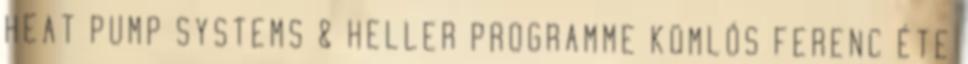
HEAT PUMP SYSTEMS & HELLER PROGRAMME KOMLÓS FERENC ÉTE